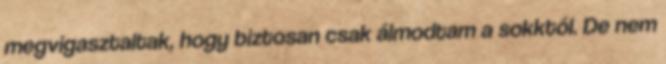
megvigasztaltak, hogy biztosan csak álmodtam a sokktól. De nem